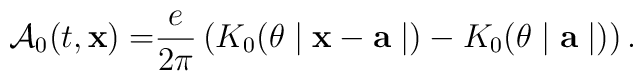
\mathcal{A}_{0}(t,\mathbf{x)=}\frac{e}{2\pi }\left( K_{0}(\theta \mid \mathbf{x-a}\mid )-K_{0}(\theta \mid \mathbf{a}\mid )\right) .